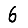
Digit: 6